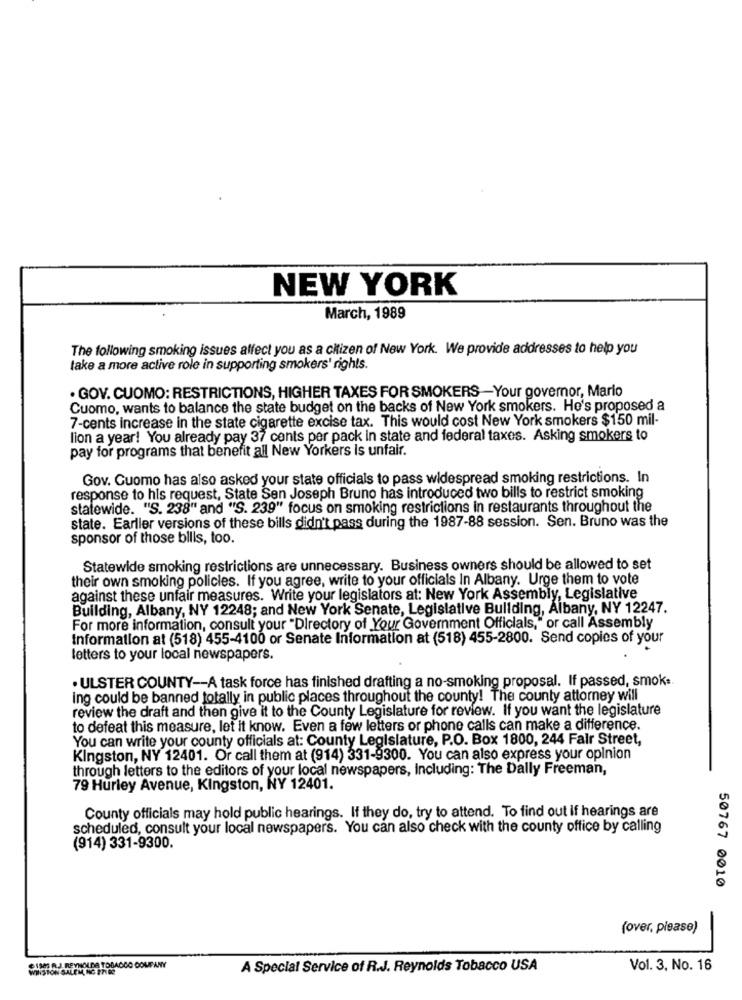
NEW YORK
March, 1989
The following smoking issues affect you as a citizen of New York. We provide addresses to help you
take a more active role in supporting smokers' rights.
. GOV. CUOMO: RESTRICTIONS, HIGHER TAXES FOR SMOKERS-Your governor, Marlo
Cuomo, wants to balance the state budget on the backs of New York smokers. He's proposed a
7-cents increase in the state cigarette excise tax. This would cost New York smokers $150 mil-
lion a year! You already pay 37 cents per pack In state and federal taxes. Asking smokers to
pay for programs that benefit all New Yorkers is unfair.
Gov. Cuomo has also asked your state officials to pass widespread smoking restrictions. In
response to his request, State Sen Joseph Bruno has introduced two bills to restrict smoking
statewide. "S. 238" and "S. 239" focus on smoking restrictions in restaurants throughout the
state. Earlier versions of these bills didn't pass during the 1987-88 session. Sen. Bruno was the
sponsor of those bills, too.
Statewide smoking restrictions are unnecessary. Business owners should be allowed to set
their own smoking policies. If you agree, write to your officials In Albany. Urge them to vote
against these unfair measures. Write your legislators at: New York Assembly, Legislative
Building, Albany, NY 12248; and New York Senate, Legislative Buliding, Albany, NY 12247.
For more information, consult your "Directory of Your Government Officials," or call Assembly
Information at (518) 455-4100 or Senate Information at (518) 455-2800. Send copies of your
letters to your local newspapers.
· ULSTER COUNTY -- A task force has finished drafting a no-smoking proposal. If passed, smoke
ing could be banned totally in public places throughout the county! The county attorney will
review the draft and then give it to the County Legislature for review. If you want the legislature
to defeat this measure, let it know. Even a few letters or phone calls can make a difference.
You can write your county officials at: County Legislature, P.O. Box 1800, 244 Falr Street,
Kingston, NY 12401. Or call them at (914) 331-9300. You can also express your opinion
through letters to the editors of your local newspapers, Including: The Dally Freeman,
79 Hurley Avenue, Kingston, NY 12401.
County officials may hold public hearings. If they do, try to attend. To find out If hearings are
scheduled, consult your local newspapers. You can also check with the county office by calling
(914) 331-9300.
50767 0010
(over, pisase)
€1341 R.J REYNOLDA TOBACCO DOUFANY
WINSTON SALEM, NC 27 60
A Special Service of R.J. Reynolds Tobacco USA
Vol. 3, No. 16